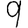
Digit: 9